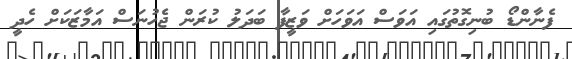
ފެނާންޑޯ ބުނިގޮތުގައި އަވަސް އަވަހަށް ވަޒީފާ ބަދަލު ކުރަން ޖެހުނަސް އަމާޒަކަށް ހެދީ